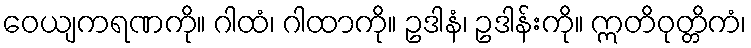
ဝေယျကရဏကို။ ဂါထံ၊ ဂါထာကို။ ဥဒါနံ၊ ဥဒါန်းကို။ ဣတိဝုတ္တိကံ၊